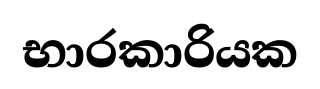
භාරකාරියක